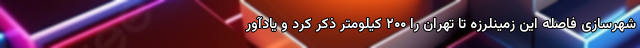
شهرسازی فاصله این زمینلرزه تا تهران را ۲۰۰ کیلومتر ذکر کرد و یادآور